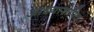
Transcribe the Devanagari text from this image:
आध्यारोपित